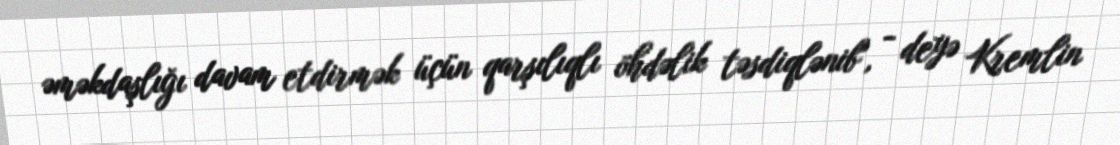
əməkdaşlığı davam etdirmək üçün qarşılıqlı öhdəlik təsdiqlənib", - deyə Kremlin